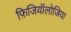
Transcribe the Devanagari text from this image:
फ़िजियॉलोजिया